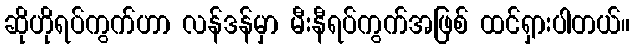
ဆိုဟိုရပ်ကွက်ဟာ လန်ဒန်မှာ မီးနီရပ်ကွက်အဖြစ် ထင်ရှားပါတယ်။